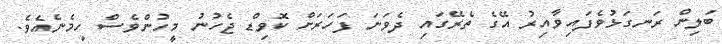
ބަލިން ރަނގަޅުވެފައިވާއިރު އޭގެ ތެރޭގައި ދެވަނަ ފަހަރަށް ކޮވިޑް ޖެހުނު މީހުންވެސް ހިމެނެއެވެ.